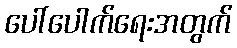
ပေါ်ပေါက်ရေးအတွက်